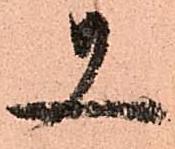
又